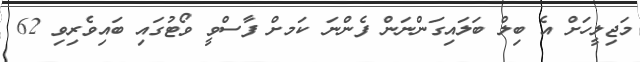
މަޖިލީހަށް އެ ބިލް ބަލައިގަންނަން ފެންނަ ކަަމށް ފާސްވީ ވޯޓުގައި ބައިވެރިވި 62